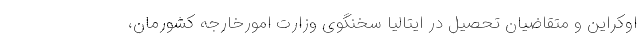
اوکراین و متقاضیان تحصیل در ایتالیا سخنگوی وزارت امورخارجه کشورمان،